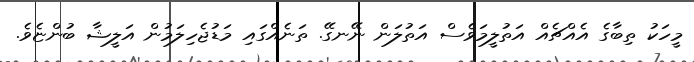
މީހަކު ތިބާގެ އެއްޗެއް އަތުލީމަވެސް އަތުލަން ނޭނގޭ. ތަނެއްގައި މަޑުޖެހިލަމުން އަލީޝާ ބުންޏެވެ.